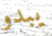
يبدو